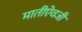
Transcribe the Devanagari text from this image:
मातीऐवजी